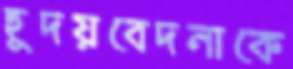
হূদয়বেদনাকে